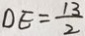
D E = \frac { 1 3 } { 2 }